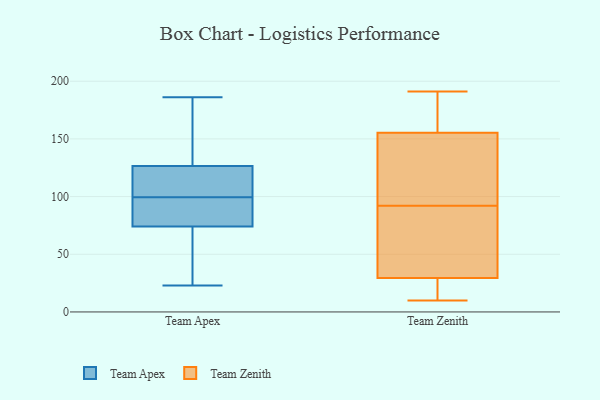
{"axis": {"x": "Production Output", "y": "Value"}, "legend": ["Team Apex", "Team Zenith"], "data": [{"x": "", "y": 63, "type": "Team Apex"}, {"x": "", "y": 74, "type": "Team Apex"}, {"x": "", "y": 145, "type": "Team Apex"}, {"x": "", "y": 126, "type": "Team Apex"}, {"x": "", "y": 105, "type": "Team Apex"}, {"x": "", "y": 96, "type": "Team Apex"}, {"x": "", "y": 186, "type": "Team Apex"}, {"x": "", "y": 42, "type": "Team Apex"}, {"x": "", "y": 114, "type": "Team Apex"}, {"x": "", "y": 149, "type": "Team Apex"}, {"x": "", "y": 27, "type": "Team Apex"}, {"x": "", "y": 103, "type": "Team Apex"}, {"x": "", "y": 166, "type": "Team Apex"}, {"x": "", "y": 23, "type": "Team Apex"}, {"x": "", "y": 85, "type": "Team Apex"}, {"x": "", "y": 78, "type": "Team Apex"}, {"x": "", "y": 127, "type": "Team Apex"}, {"x": "", "y": 74, "type": "Team Apex"}, {"x": "", "y": 124, "type": "Team Apex"}, {"x": "", "y": 80, "type": "Team Apex"}, {"x": "", "y": 111, "type": "Team Zenith"}, {"x": "", "y": 16, "type": "Team Zenith"}, {"x": "", "y": 155, "type": "Team Zenith"}, {"x": "", "y": 40, "type": "Team Zenith"}, {"x": "", "y": 22, "type": "Team Zenith"}, {"x": "", "y": 32, "type": "Team Zenith"}, {"x": "", "y": 164, "type": "Team Zenith"}, {"x": "", "y": 16, "type": "Team Zenith"}, {"x": "", "y": 10, "type": "Team Zenith"}, {"x": "", "y": 91, "type": "Team Zenith"}, {"x": "", "y": 157, "type": "Team Zenith"}, {"x": "", "y": 140, "type": "Team Zenith"}, {"x": "", "y": 81, "type": "Team Zenith"}, {"x": "", "y": 191, "type": "Team Zenith"}, {"x": "", "y": 92, "type": "Team Zenith"}, {"x": "", "y": 140, "type": "Team Zenith"}, {"x": "", "y": 156, "type": "Team Zenith"}]}